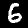
Digit: 6